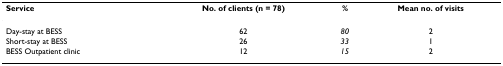
| Service | No. of clients (n = 78) | % | Mean no. of visits |
 | --- | --- | --- | --- |
 | Day-stay at BESS | 62 | 80 | 2 |
 | Short-stay at BESS | 26 | 33 | 1 |
 | BESS Outpatient clinic | 12 | 15 | 2 |